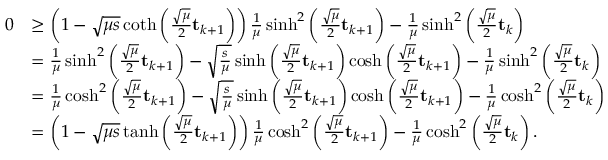
\begin{array} { r l } { 0 } & { \geq \left( 1 - \sqrt { \mu s } \coth \left( \frac { \sqrt { \mu } } { 2 } \mathbf { t } _ { k + 1 } \right) \right) \frac { 1 } { \mu } \sinh ^ { 2 } \left( \frac { \sqrt { \mu } } { 2 } \mathbf { t } _ { k + 1 } \right) - \frac { 1 } { \mu } \sinh ^ { 2 } \left( \frac { \sqrt { \mu } } { 2 } \mathbf { t } _ { k } \right) } \\ & { = \frac { 1 } { \mu } \sinh ^ { 2 } \left( \frac { \sqrt { \mu } } { 2 } \mathbf { t } _ { k + 1 } \right) - \sqrt { \frac { s } { \mu } } \sinh \left( \frac { \sqrt { \mu } } { 2 } \mathbf { t } _ { k + 1 } \right) \cosh \left( \frac { \sqrt { \mu } } { 2 } \mathbf { t } _ { k + 1 } \right) - \frac { 1 } { \mu } \sinh ^ { 2 } \left( \frac { \sqrt { \mu } } { 2 } \mathbf { t } _ { k } \right) } \\ & { = \frac { 1 } { \mu } \cosh ^ { 2 } \left( \frac { \sqrt { \mu } } { 2 } \mathbf { t } _ { k + 1 } \right) - \sqrt { \frac { s } { \mu } } \sinh \left( \frac { \sqrt { \mu } } { 2 } \mathbf { t } _ { k + 1 } \right) \cosh \left( \frac { \sqrt { \mu } } { 2 } \mathbf { t } _ { k + 1 } \right) - \frac { 1 } { \mu } \cosh ^ { 2 } \left( \frac { \sqrt { \mu } } { 2 } \mathbf { t } _ { k } \right) } \\ & { = \left( 1 - \sqrt { \mu s } \operatorname { t a n h } \left( \frac { \sqrt { \mu } } { 2 } \mathbf { t } _ { k + 1 } \right) \right) \frac { 1 } { \mu } \cosh ^ { 2 } \left( \frac { \sqrt { \mu } } { 2 } \mathbf { t } _ { k + 1 } \right) - \frac { 1 } { \mu } \cosh ^ { 2 } \left( \frac { \sqrt { \mu } } { 2 } \mathbf { t } _ { k } \right) . } \end{array}